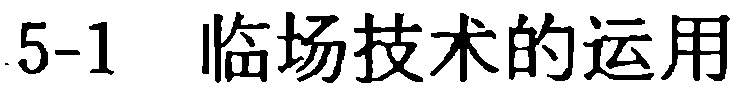
5-1 临场技术的运用